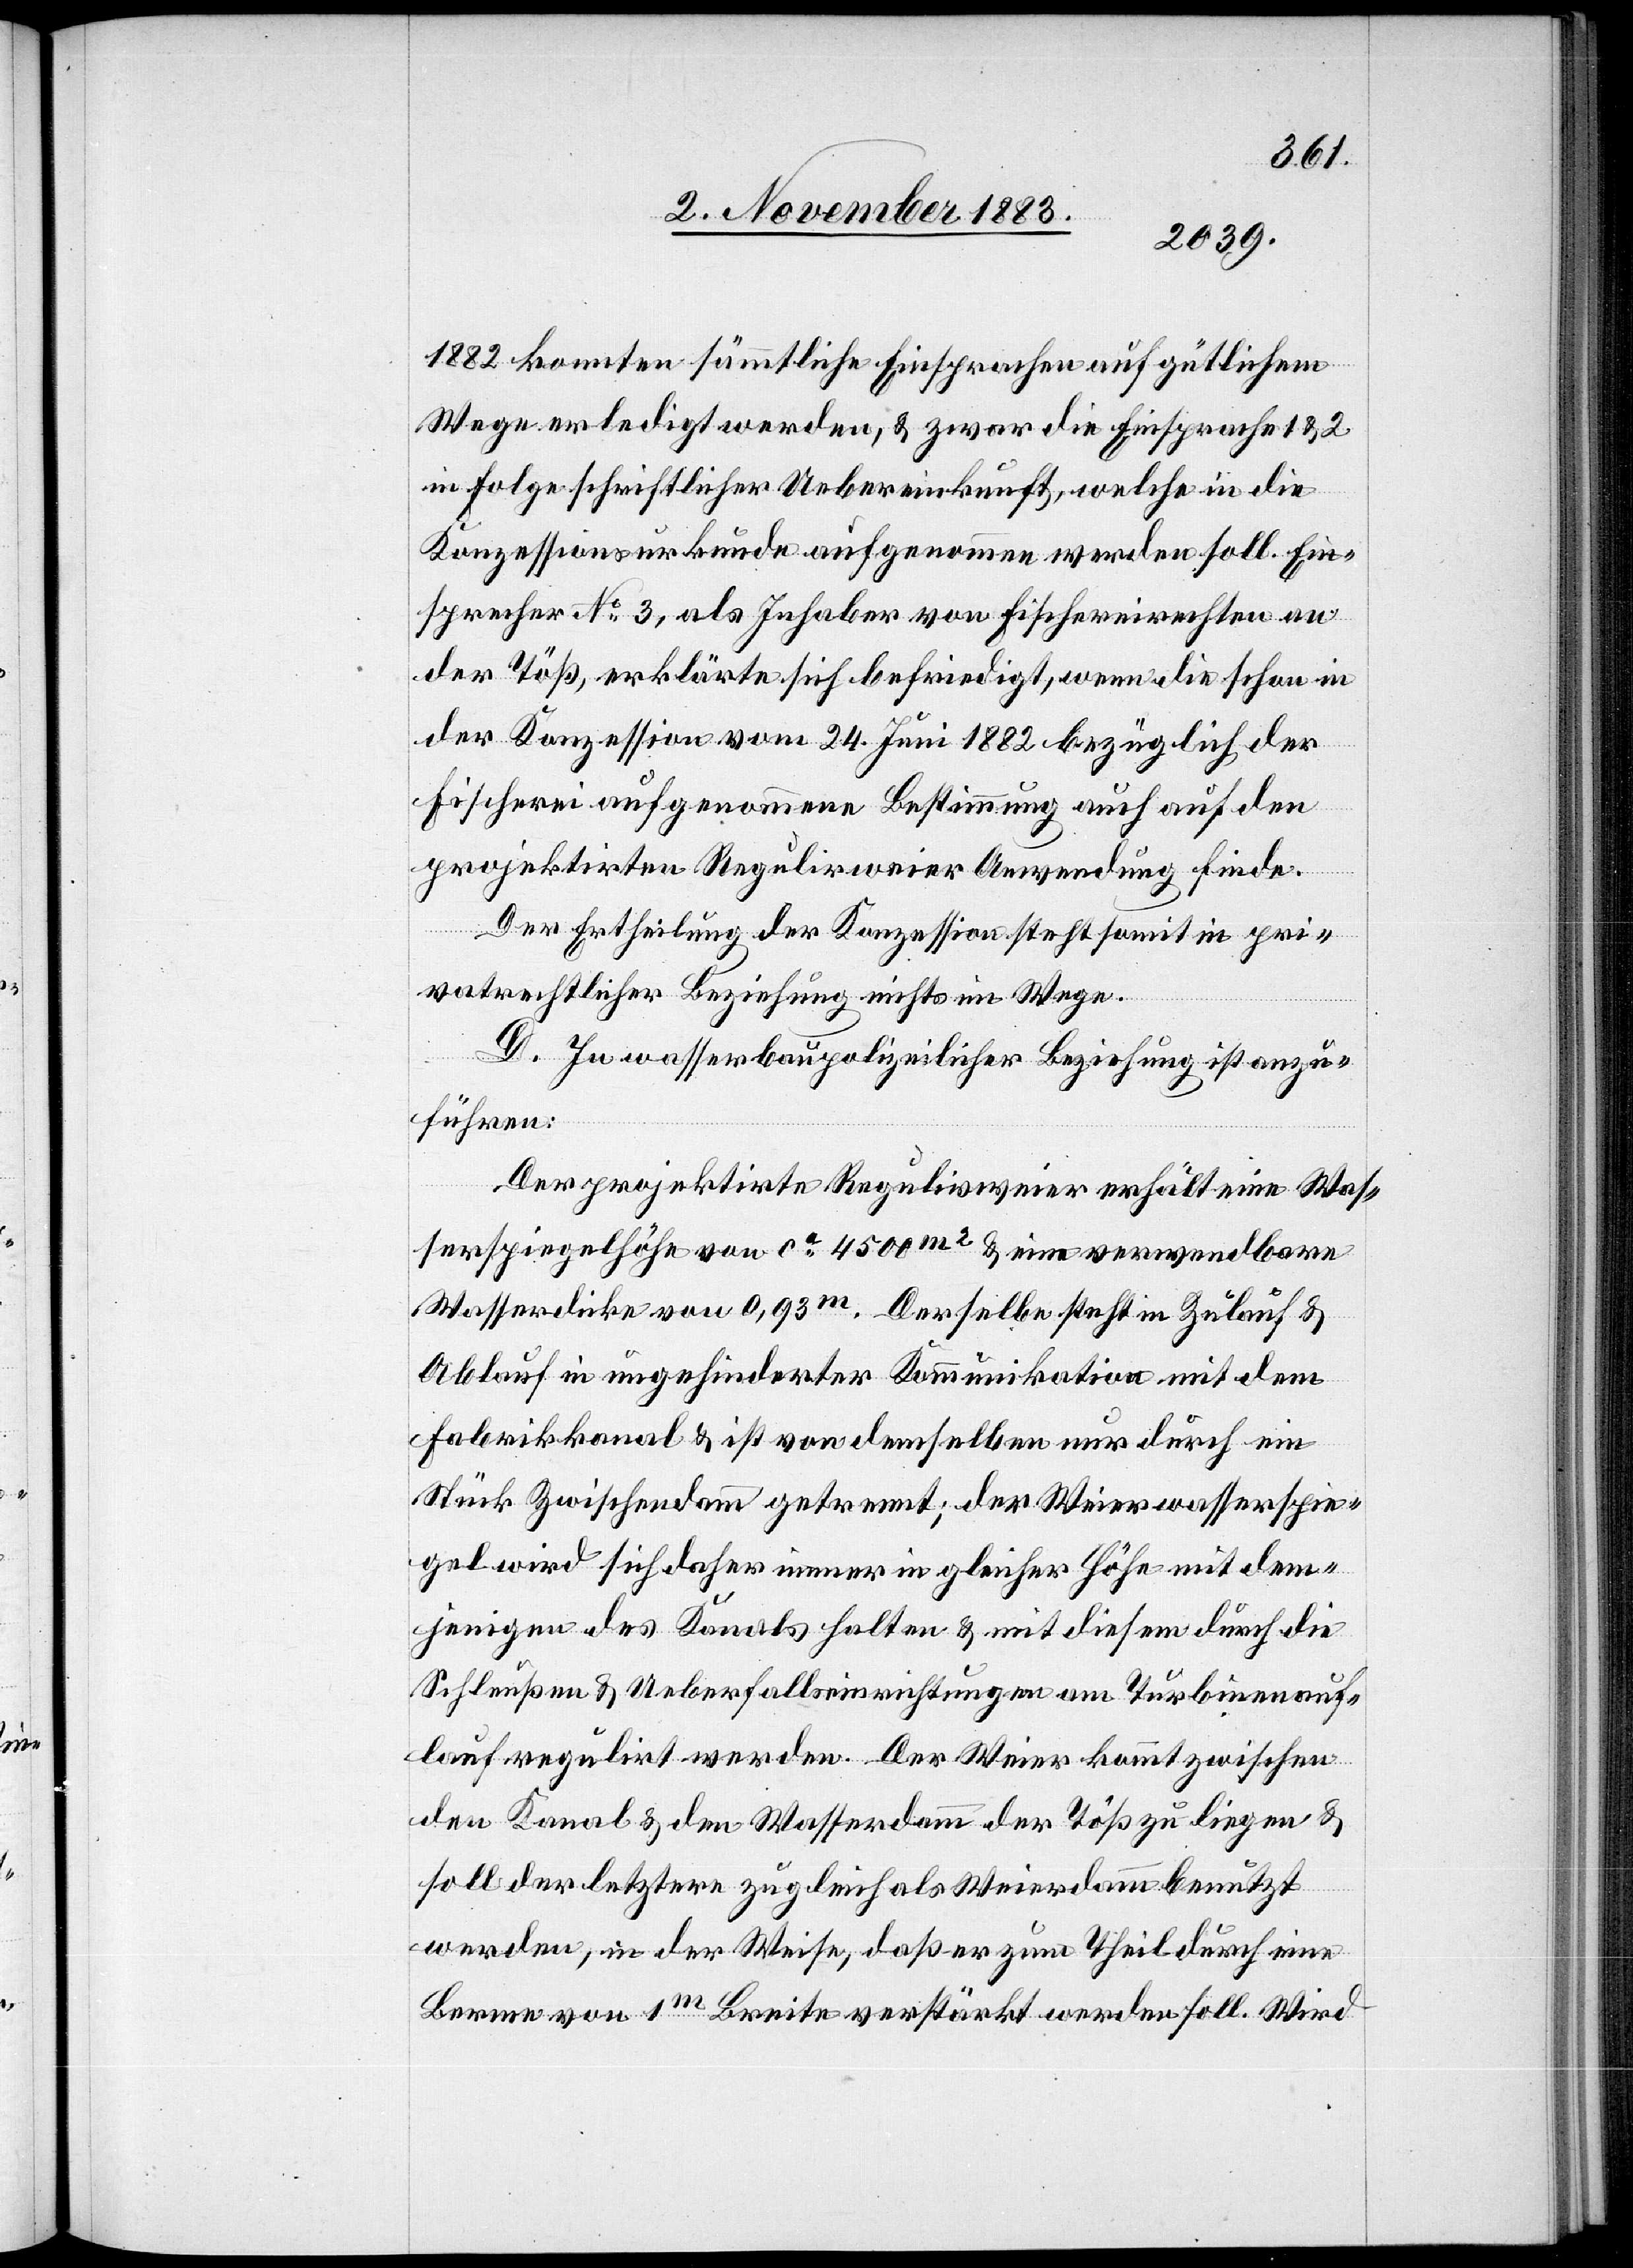
1882 konnten sämmtliche Einsprachen auf gütlichem
Wege erledigt werden, & zwar die Einsprache 1 & 2
in Folge schriftlicher Uebereinkunft, welche in die
Konzessionsurkunde aufgenommen werden soll. Ein¬
sprecher No 3, als Inhaber von Fischereirechten an
der Töß, erklärte sich befriedigt, wenn die schon in
der Konzession vom 24. Juni 1882 bezüglich der
Fischerei aufgenommene Bestimmung auch auf den
projektirten Regulirweier Anwendung finde.
Der Ertheilung der Konzession steht somit in pri¬
vatrechtlicher Beziehung nichts im Wege.
D. In wasserbaupolizeilicher Beziehung ist anzu¬
führen:
Dr projektirte Regulirweier erhält eine Was¬
serspiegelhöhe von ca 4500 m2 & eine verwendbare
Wasserdicke von 0,93 m. Derselbe steht im Zulauf &
Ablauf in ungehinderter Kommunikation mit dem
Fabrikkanal & ist von demselben nur durch ein
Stück Zwischendamm getrennt; der Weierwasserspie¬
gel wird sich daher immer in gleicher Höhe mit dem¬
jenigen des Kanals halten & mit diesem durch die
Schleußen & Ueberfalleinrichtungen am Turbinenauf¬
lauf regulirt werden. Der Weier kommt zwischen
den Kanal & den Wasserdamm der Töß zu liegen &
soll der letztere zugleich als Weierdamm benutzt
werden, in der Weise, daß er zum Theil durch eine
Berme von 1 m Breite verstärkt werden soll. Wird